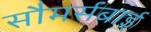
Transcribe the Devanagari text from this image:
सौमर्सबाई